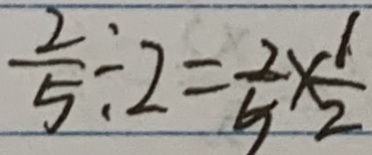
\frac { 2 } { 5 } \div 2 = \frac { 2 } { 5 } \times \frac { 1 } { 2 }